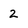
Character: 2